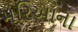
મરિઆના